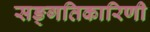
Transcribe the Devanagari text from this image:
सङ्गतिकारिणी